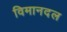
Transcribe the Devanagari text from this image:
विमानदल